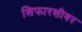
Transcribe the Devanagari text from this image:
शिफारशीवर